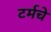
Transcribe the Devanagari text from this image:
टर्मचे